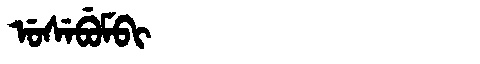
Manchu: ᡠᠰᡝᠪᡠᠮᠪᡳ
Romanization: USEBUMBI